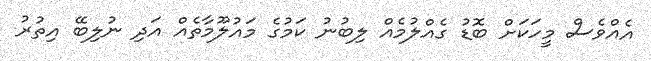
އެއްވެސް މީހަކަށް ބޮޑު ގެއްލުމެއް ލިބުނު ކަމުގެ މައުލޫމާތެއް އަދި ނުލިބޭ އިތުރު